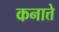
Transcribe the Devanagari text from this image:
कनात्ते